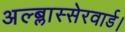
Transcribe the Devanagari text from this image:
अल्ब्लास्सेरवार्ड।